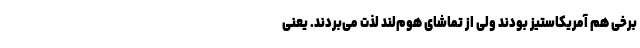
برخی هم آمریکاستیز بودند ولی از تماشای هوم‌لند لذت می‌بردند. یعنی